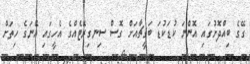
ގޭގެ ބިއްދޮށުގައި އޮންނަ ކުޑަކުޑަ ބަގީޗާއަށް ގޮސް ސިނގިރޭޓެއްގެ އެހީގައި އޭނަގެ ހިތަށް